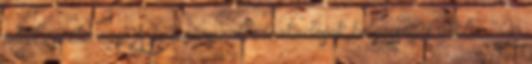
jutott eszébe egy. A kormányzati intézkedések helyességét vitatni. "Jó